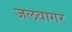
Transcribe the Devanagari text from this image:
जलवागर